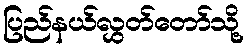
ပြည်နယ်လွှတ်တော်သို့